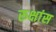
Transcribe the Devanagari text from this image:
रूक्षांस